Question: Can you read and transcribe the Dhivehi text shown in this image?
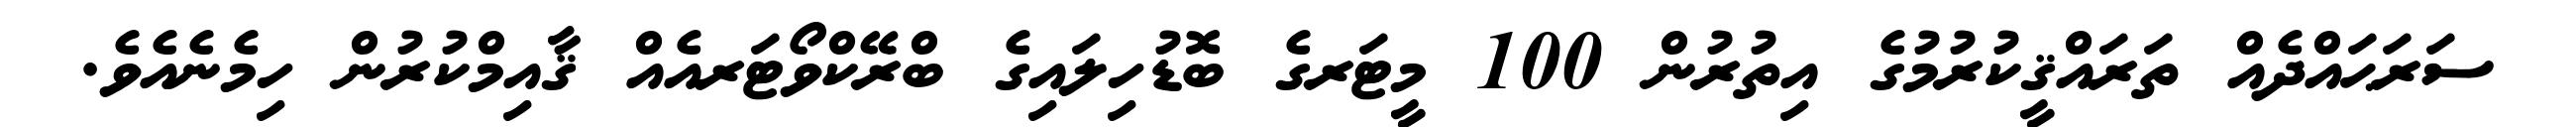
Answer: ސަރަޙައްދެއް ތަރައްޤީކުރުމުގެ އިތުރުން 100 މީޓަރގެ ބޮޑުހިލައިގެ ބްރޭކްވޯޓަރއެއް ޤާއިމްކުރުން ހިމެނެއެވެ.